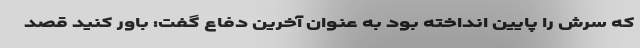
که سرش را پایین انداخته بود به عنوان آخرین دفاع گفت: باور کنید قصد